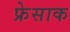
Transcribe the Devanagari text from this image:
फ्रेसाक